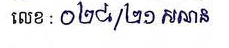
លេខ: ០២៨/២១ សណន